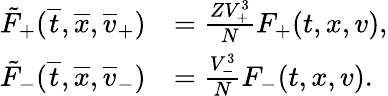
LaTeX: \begin{array}{rl}{\tilde{F}_{+}(\overline{t},\overline{x},\overline{v}_{+})}&{=\frac{ZV_{+}^{3}}{N}F_{+}(t,x,v),}\\ {\tilde{F}_{-}(\overline{t},\overline{x},\overline{v}_{-})}&{=\frac{V_{-}^{3}}{N}F_{-}(t,x,v).}\end{array}